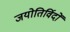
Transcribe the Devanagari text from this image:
जयोतिर्विदों